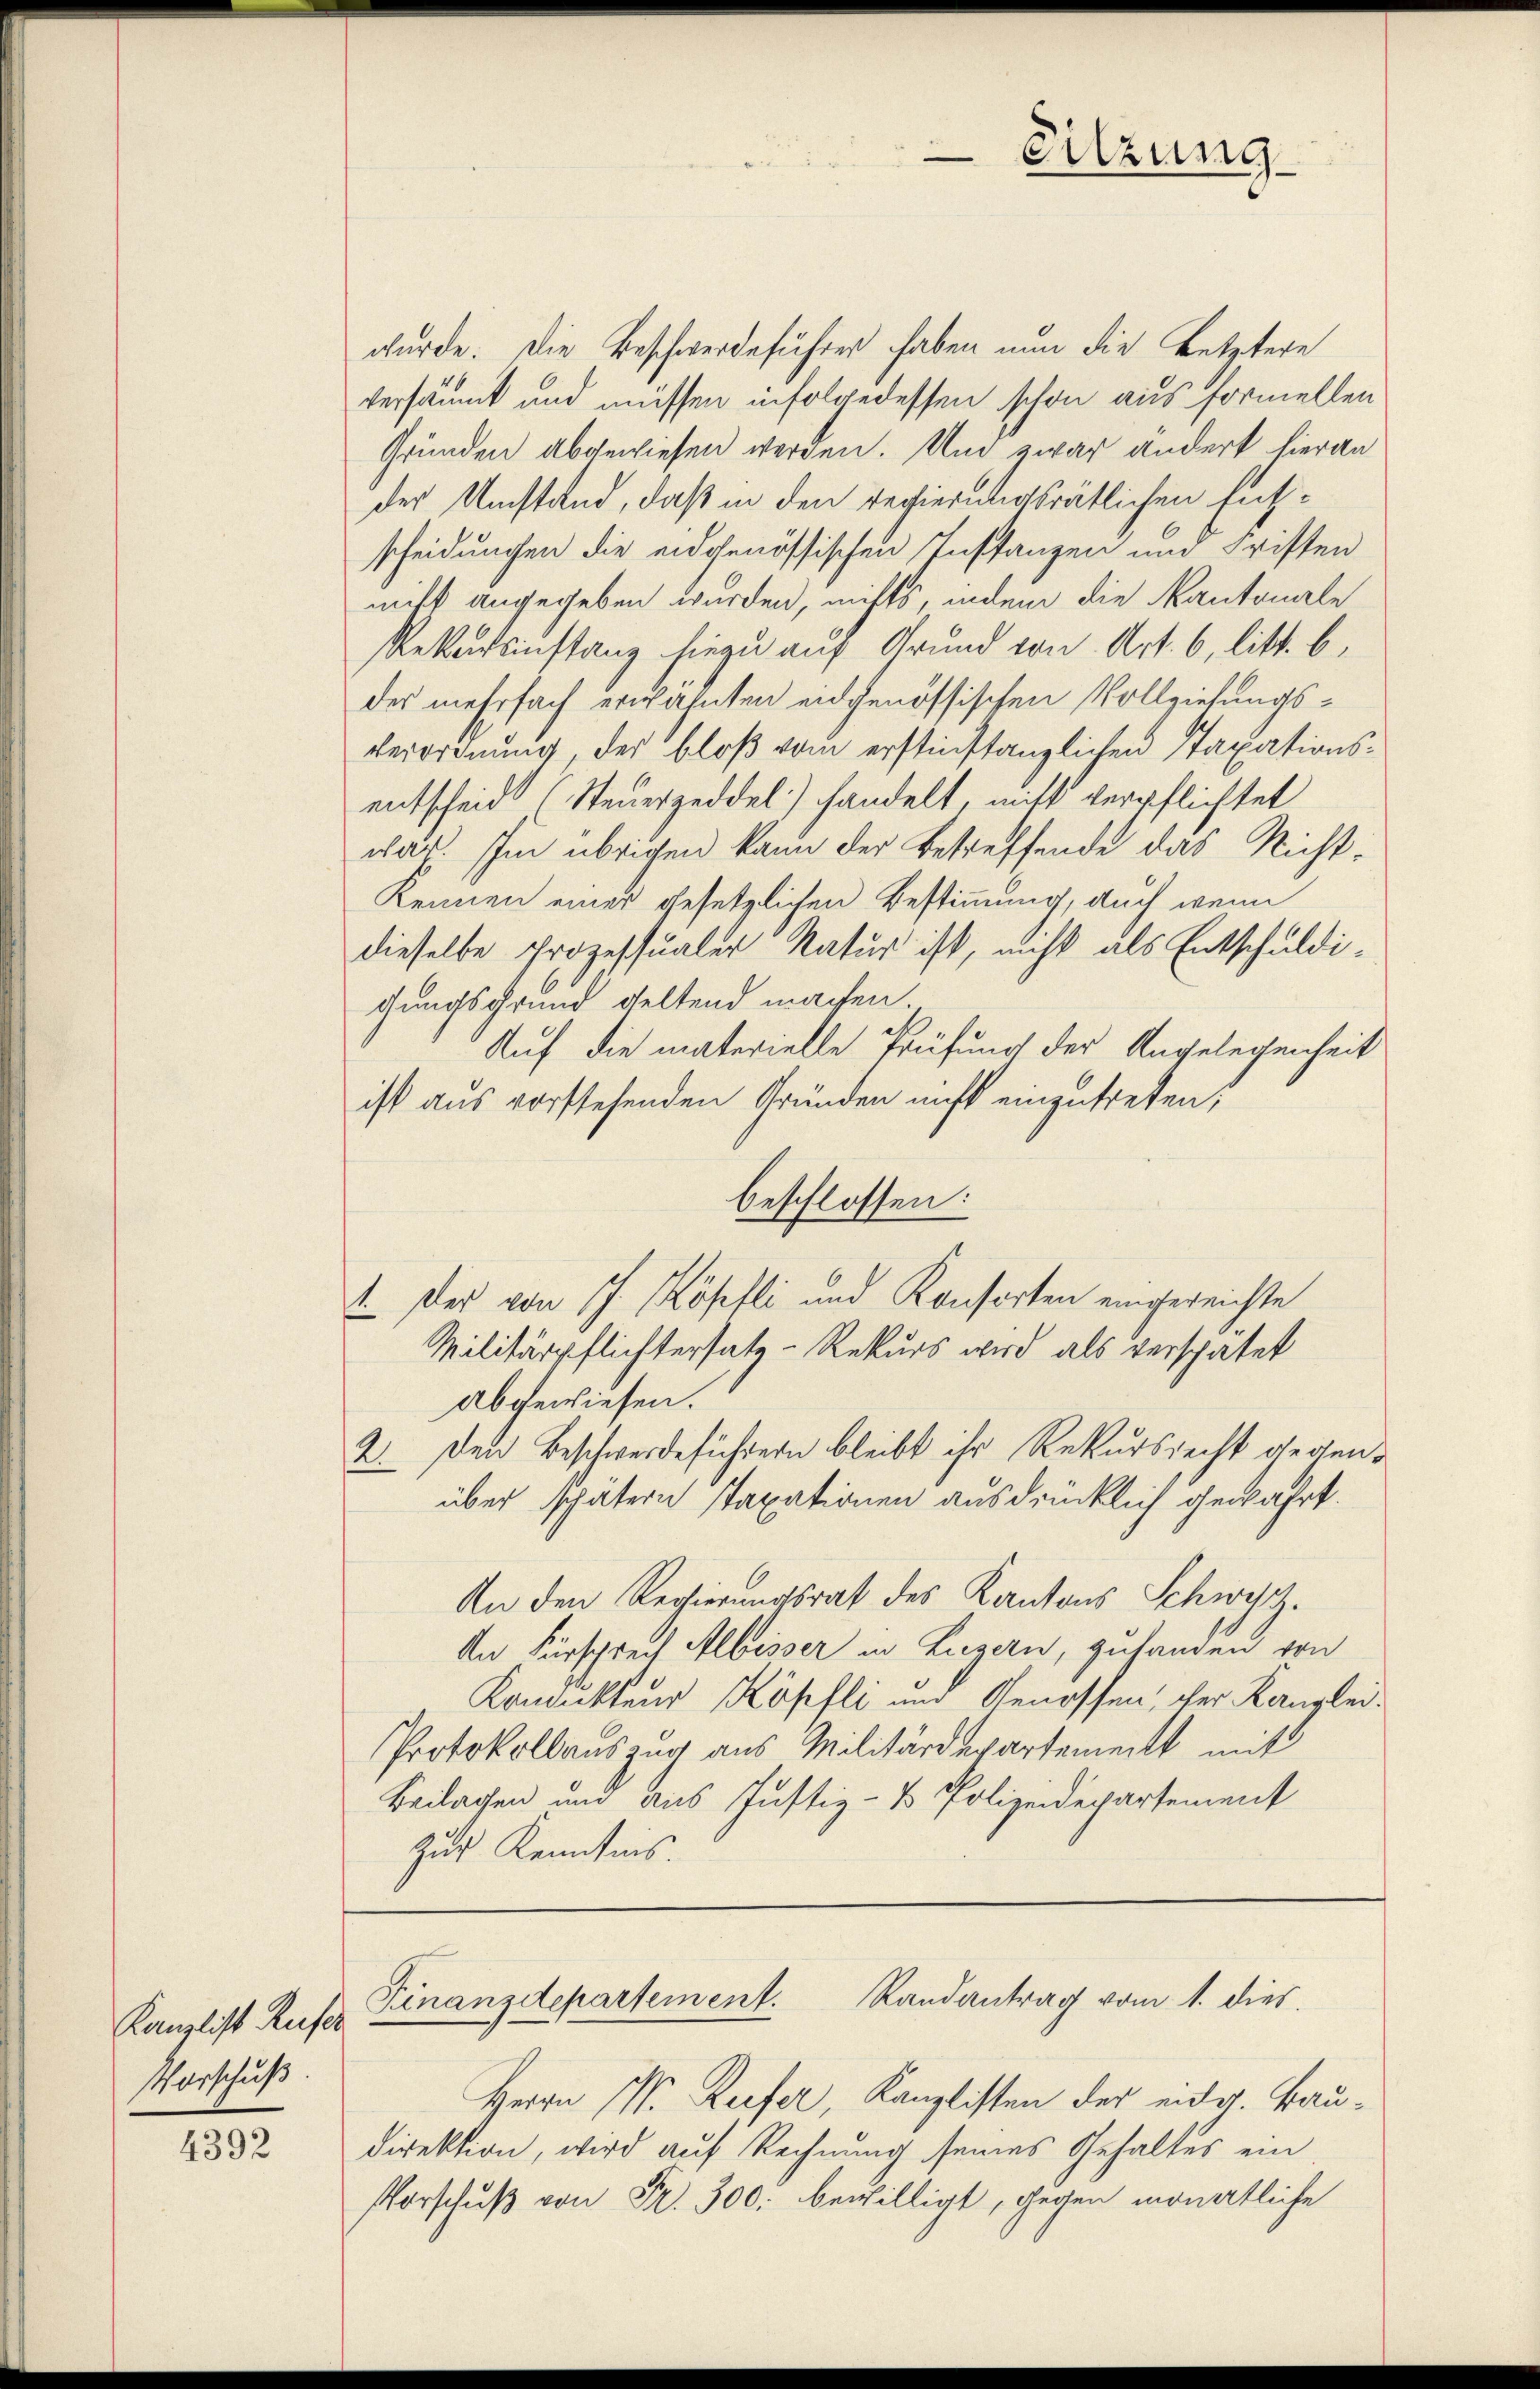
Kanzlist Rufer
Vorschuß.

4392

wurde. Die Beschwerdeführer haben nun die Letztere
versäumt und müssen infolgedessen schon aus formellen
Gründen abgewiesen werden. Und zwar andert hieran
der Umstand, daß in den regierungsrätlichen Entscheidungen die eidgenössischen Instanzen und Fristen
mitt angegeben wurden, nichts, indem die Kantonale
Rekursinstanz hiezu auf Grund von Art. 6, litt. b,
der mehrfach erwähnten eidgenössischen Vollziehungs¬
Verordnung, der bloß vom erstinstanzlichen Taxationsentscheide (Steuerzeddel) handelt, mitt verpflichtet
war. Im übrigen kann der Betreffende das Nicht-
kennen einer gesetzlichen Bestimmung, auch wenn
dieselbe Prozessualer Natur ist, nicht als Entschuldigungsgrund geltend machen.
Auf die materielle Prüfung der Angelegenheit
ist aus vorstehenden Gründen nicht einzutreten,
beschlossen:
1. Der von 17. Köpfli und Konsorten eingereichte
Militärpflichtersatz-Rekurs wird als verspätet
abgewiesen.
2. Den Beschwerdeführern bleibt ihr Rekursrecht gegenüber spätern Taxationen ausdrücklich gewahrt.
An den Regierungsrat des Kantons Schwyz.
An Fürsprech Albisser in Luzern, zufanden von
Kondukteur Kopfli und Genossen, der Kanzlei-
Protokollauszug aus Militärdepartement mit
Beilagen und aus Justiz- & Polizeidepartement
Zur Kenntnis.

Herrn M. Reifer, Kanzlisten der eidg. Baudirektion, wird auf Rechnung seines Gehaltes ein
Vorschuß von Fr. 300. bewilligt, gegen monatliche

Sitzung

Finanzdepartement. Randantrag vom 1. dies